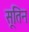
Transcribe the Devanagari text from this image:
सूतिन